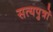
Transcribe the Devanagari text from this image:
सत्यपुत्रों